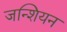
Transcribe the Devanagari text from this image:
जन्शियन